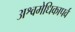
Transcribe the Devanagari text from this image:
अश्वमेधिकापर्व